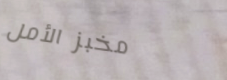
مخبز الأمل